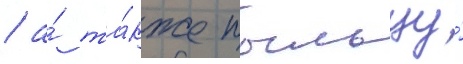
/ а́ та́кже пыльцу́